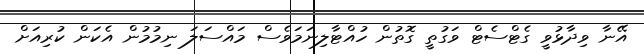
އޭނާ ވިދާޅުވީ ގެޓްސެޓް ވަގުތީ ގޮތުން ހުއްޓާލިނަމަވެސް މައްސަލަ ނިމުމުން އެކަން ކުރިއަށް